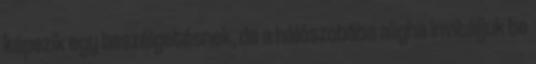
képezik egy beszélgetésnek, de a hálószobába aligha invitáljuk be